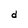
Character: d